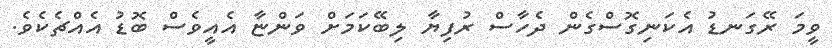
ވީމަ ރޭގަނޑު އެކަނިގޮސްގެން ދެހާސް ރުފިޔާ ލިބޭކަމަށް ވަންޏާ އެއީވެސް ބޮޑު އެއްޗެކެވެ.